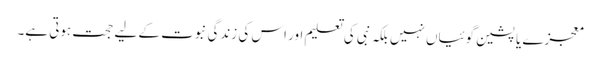
معجزے یا پشین گوئیاں نہیں بلکہ نبی کی تعلیم اور اس کی زندگی نبوت کے لیے حجت ہوتی ہے۔